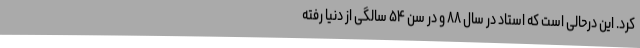
کرد. این درحالی است که استاد در سال ۸۸ و در سن ۵۴ سالگی از دنیا رفته